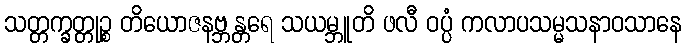
သတ္တက္ခတ္တုဉ္စ တိယောဇနဗ္ဘန္တရေ သယမ္ဘူတိ ဖလီ ဝပ္ပံ ကလာပသမ္မသနာဝသာနေ